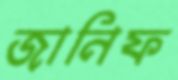
জানিফ